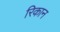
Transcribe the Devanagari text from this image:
रिकान